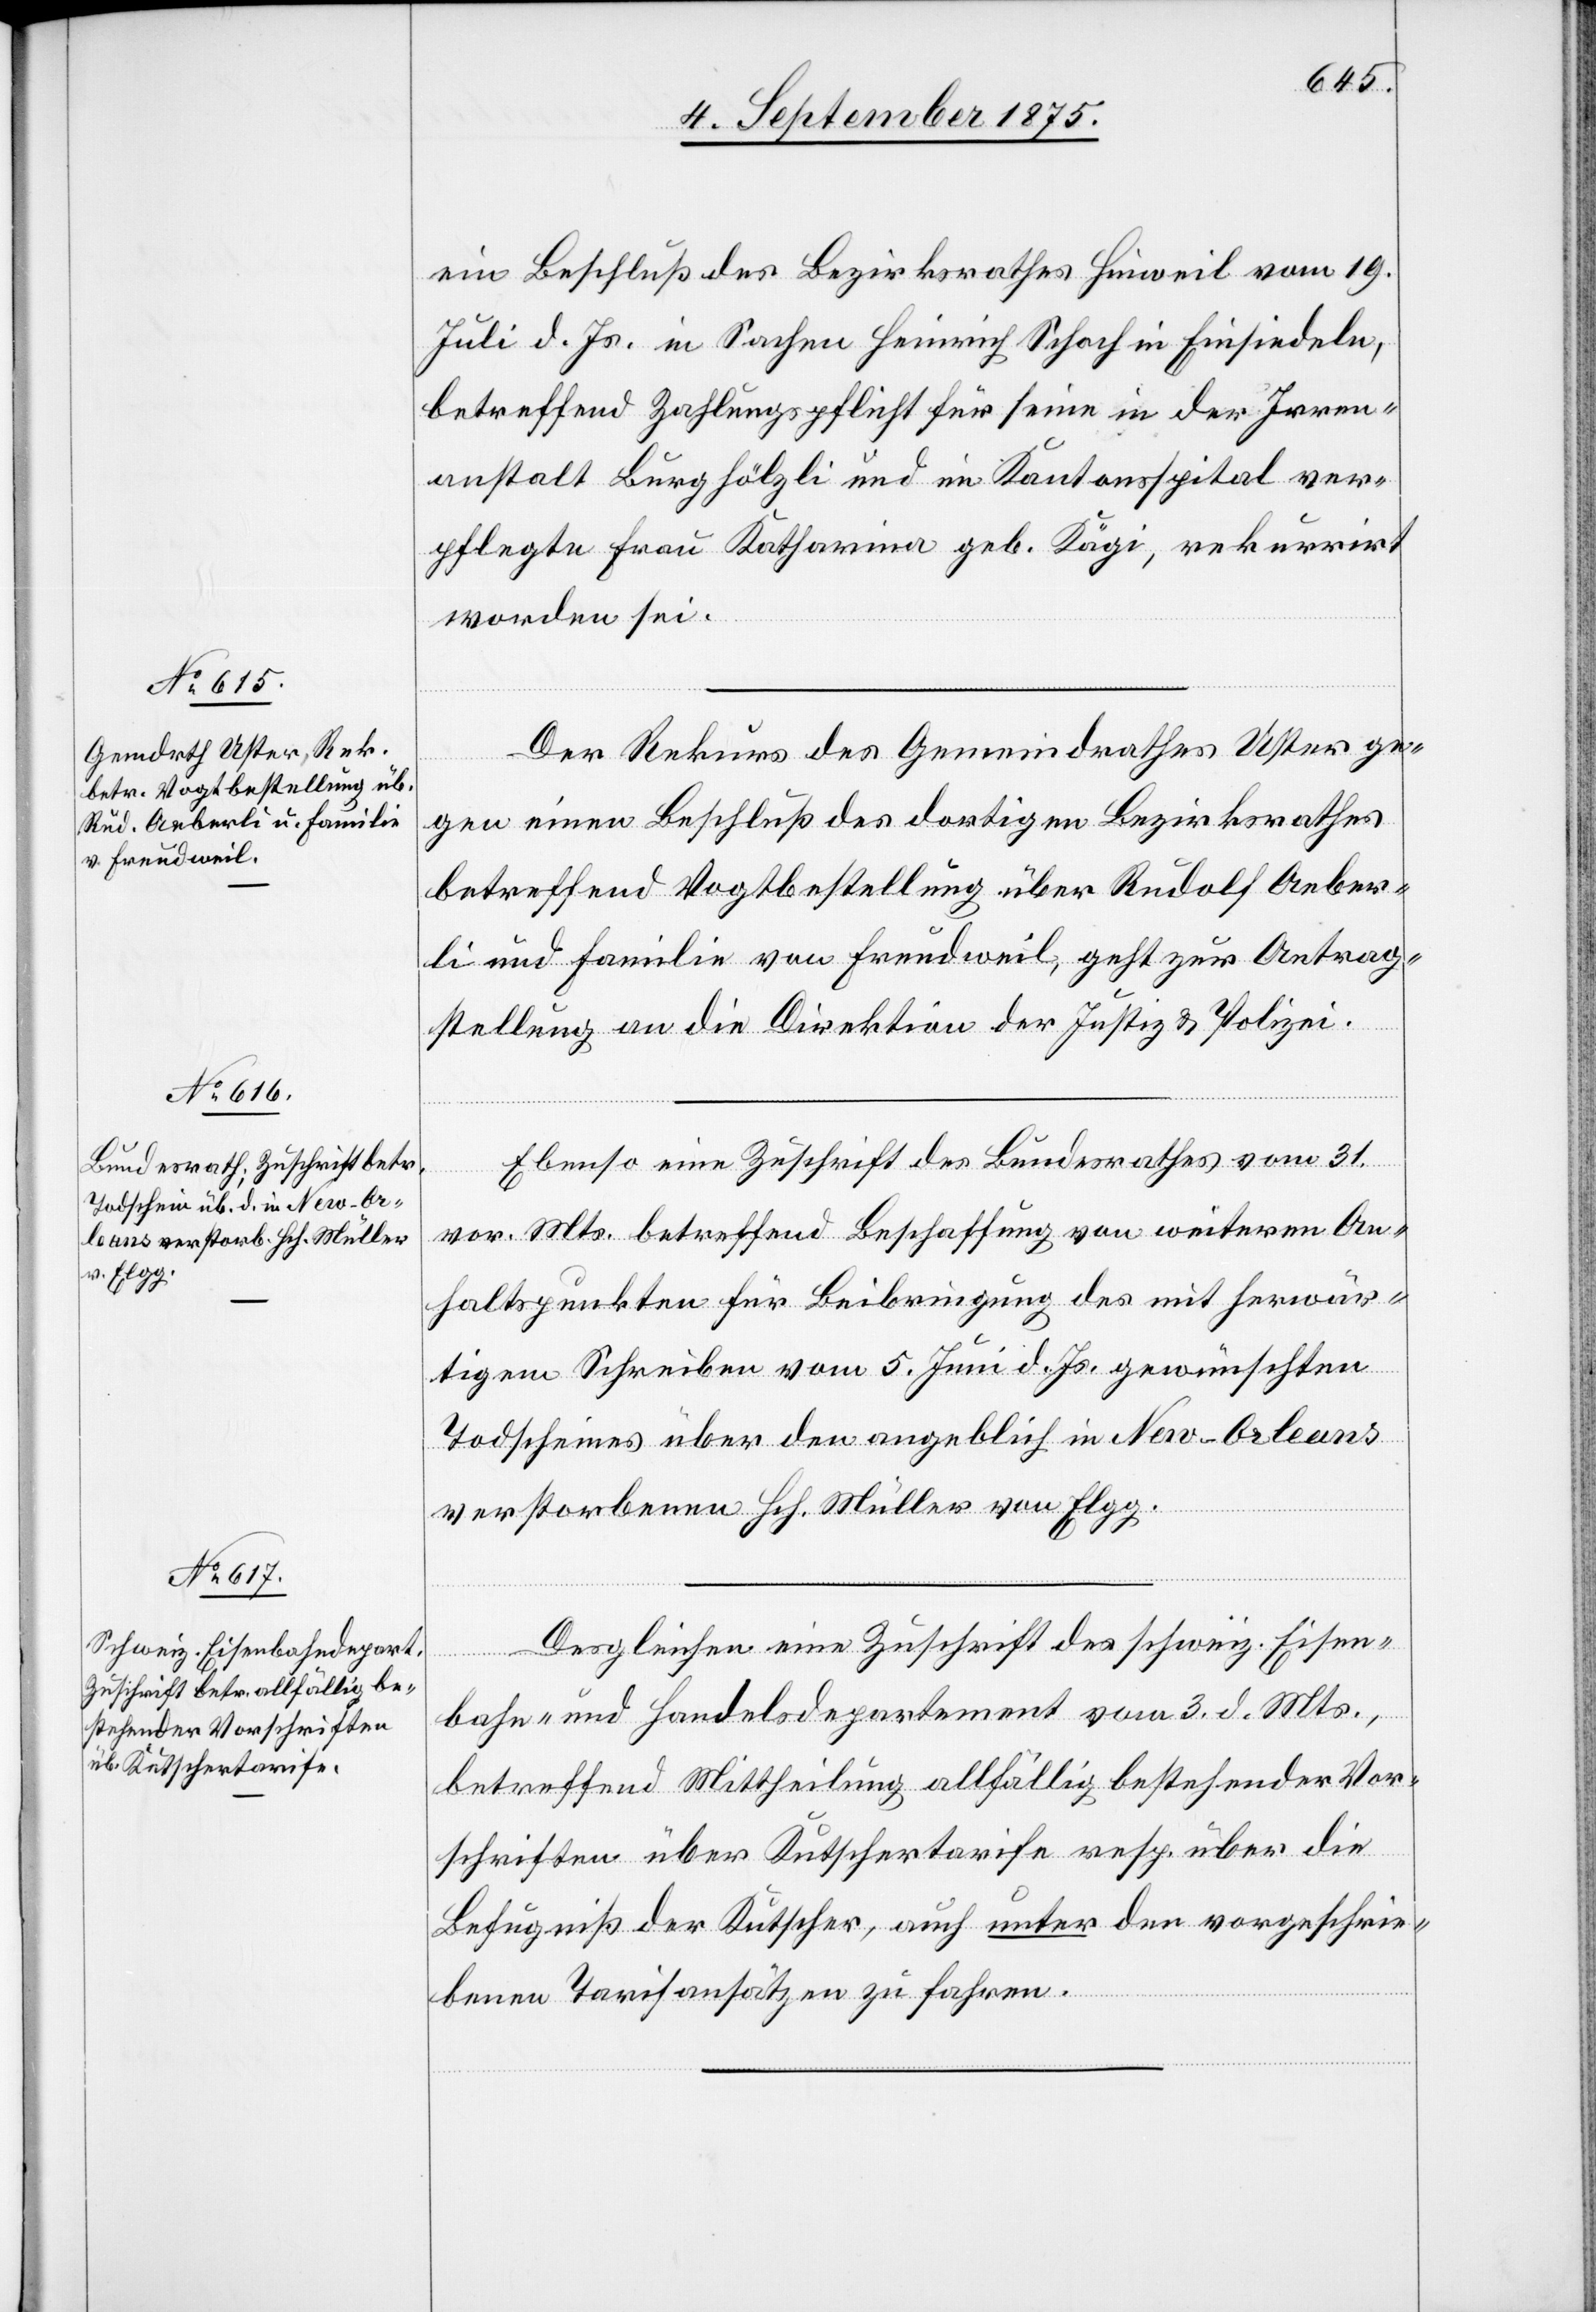
7. September 1875.]
ein Beschluß des Bezirksrathes Hinweil vom 19.
Juli d. Js. in Sachen Heinrich Schoch in Einsiedeln,
betreffend Zahlungspflicht für seine in der Irren¬
anstalt Burghölzli und ein Kantonsspital ver¬
pflegte Frau Katharina geb. Kägi, rekurrirt
worden sei.
Der Rekurs des Gemeindrathes Uster ge¬
gen einen Beschluß des dortigen Bezirksrathes
betreffend Vogtbestellung über Rudolf Aeber¬
li und Familie von Freudweil, geht zur Antrag¬
stellung an die Direktion der Justiz & Polizei.
Ebenso eine Zuschrift des Bundesrathes vom 31.
vor. Mts. betreffend Beschaffung von weiteren An¬
haltspunkten für Beibringung des mit herwär¬
tigen Schreiben vom 5. Juni d. Js. gewünschten
Todscheines über den angeblich in New-Orleans
verstorbenen Hch. Müller von Elgg.
Desgleichen eine Zuschrift des schweiz. Eisen¬
bahn- und Handelsdepartement vom 3. d. Mts.,
betreffend Mittheilung allfällig bestehender Vor¬
schriften über Kutschertarife resp. über die
Befugniß der Kutscher, auch unter den vorgeschrie¬
benen Tarifansätzen zu fahren.